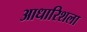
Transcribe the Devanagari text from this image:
आधारिशला